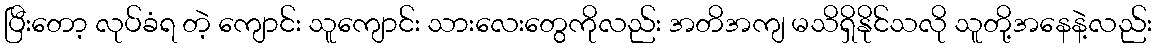
ပြီးတော့ လုပ်ခံရ တဲ့ ကျောင်း သူကျောင်း သားလေးတွေကိုလည်း အတိအကျ မသိရှိနိုင်သလို သူတို့အနေနဲ့လည်း